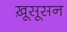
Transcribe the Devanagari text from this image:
ख़ूसूसन